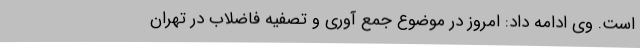
است. وی ادامه داد: امروز در موضوع جمع آوری و تصفیه فاضلاب در تهران